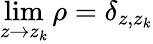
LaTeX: \operatorname*{lim}_{z\rightarrow z_{k}}\rho=\delta_{z,z_{k}}